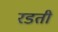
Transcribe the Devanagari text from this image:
रडती